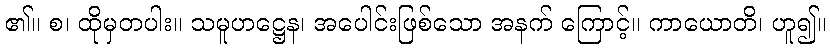
၏။ စ၊ ထိုမှတပါး။ သမူဟဋ္ဌေန၊ အပေါင်းဖြစ်သော အနက် ကြောင့်။ ကာယောတိ၊ ဟူ၍။